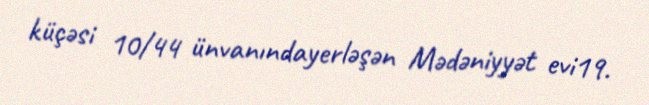
küçəsi 10/44 ünvanındayerləşən Mədəniyyət evi19.